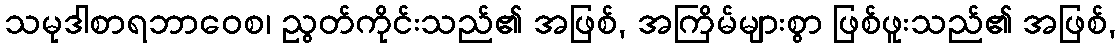
သမုဒါစာရဘာဝေစ၊ ညွတ်ကိုင်းသည်၏ အဖြစ်, အကြိမ်များစွာ ဖြစ်ဖူးသည်၏ အဖြစ်,